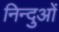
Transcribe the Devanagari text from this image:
निन्दुओं